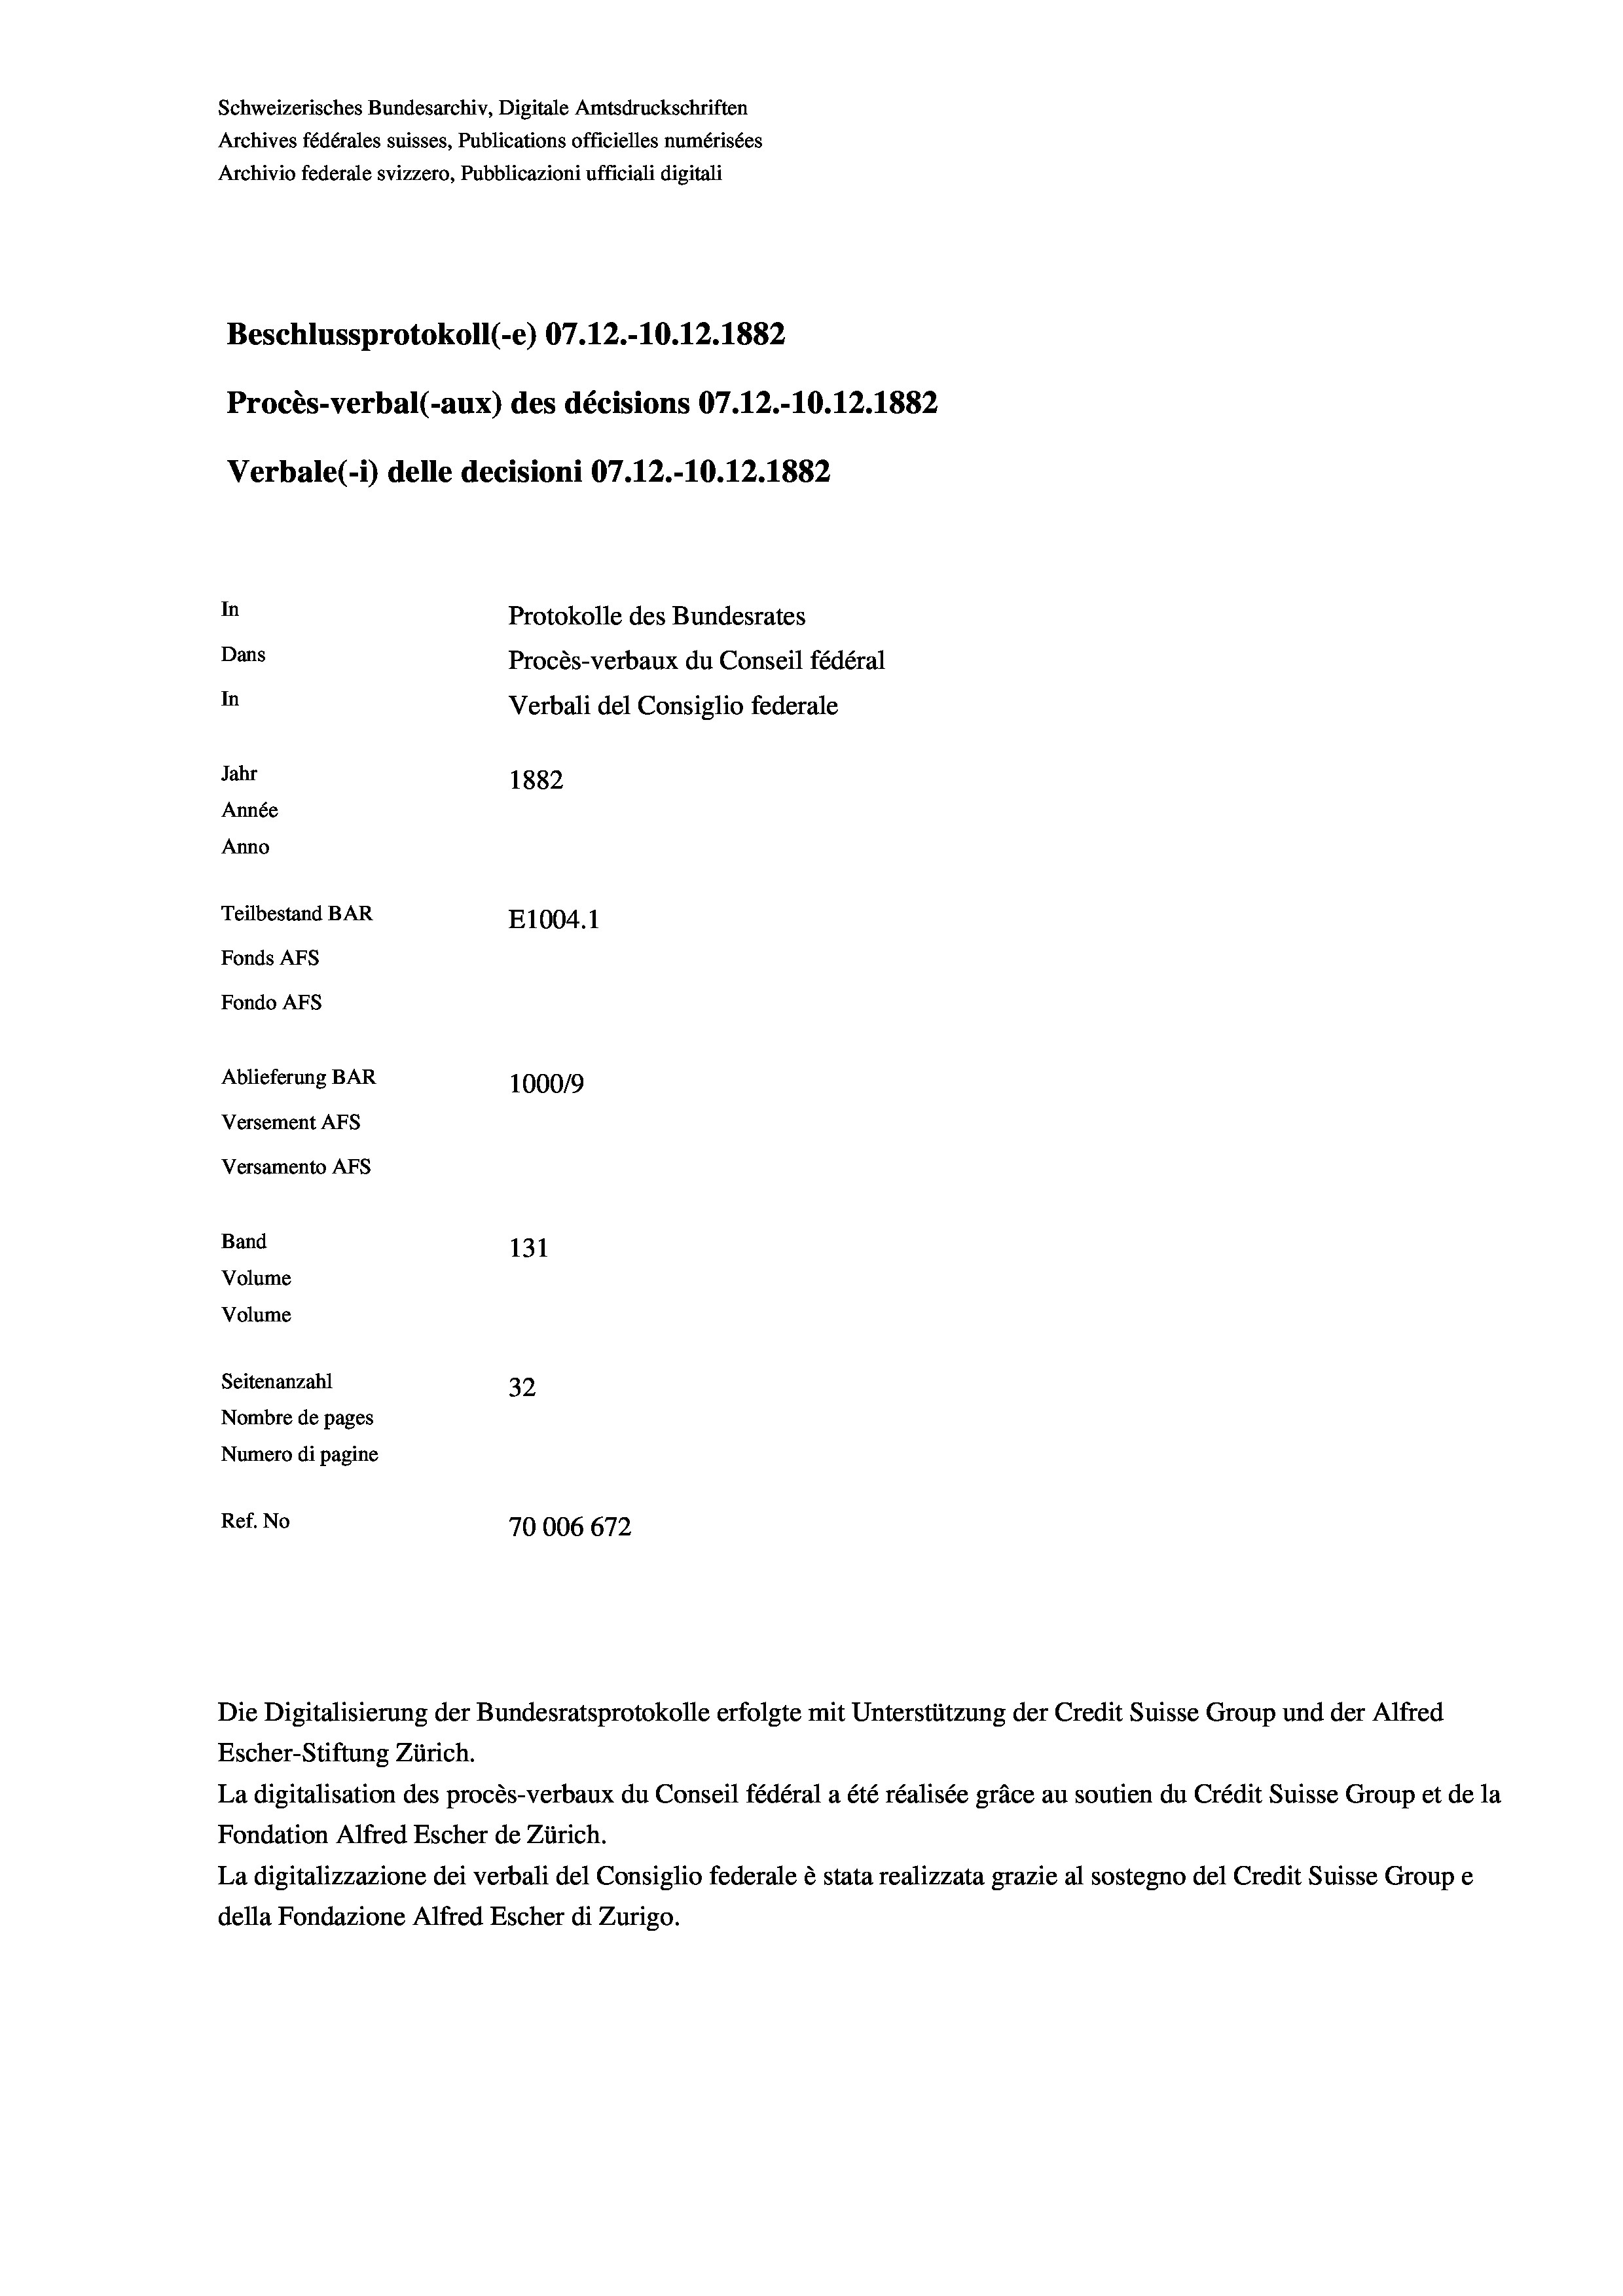
Schweizerisches Bundesarchiv, Digitale Amtsdruckschriften
Archives fédérales suisses, Publications officielles numérisées
Archivio federale svizzero, Pubblicazioni ufficiali digitali
Beschlussprotokoll (-e) 07.12.10.12.1882
Procès-verbal (-aux) des décisions 07.12.-10.12.1882
Verbale(-*) delle decisioni 07.12.-10.12.1882
In
Protokolle des Bundesrates
Dans
Procès-verbaux du Conseil fédéral
In
Verbali del Consiglio federale
Jahr
1882
Année
Anno
Teilbestand BAR
E1004. 1
Fonds AFs
Fondo AFS
Ablieferung BAR
100019
Versement AFs
Versamento Afs
Band
131
Volume
Volume
Seitenanzahl
32
Nombre de pages
Numero di pagine
Ref. No
70006672

Escher-Stiftung Zürich.
La digitalisation des procès-verbaux du Conseil fédéral a été réalisée gräce au soutien du Crédit Suisse Group et de la
Fondation Alfred Escher de Zürich.
La digitalizzazione dei verbali del Consiglio federale è stata realizzata grazie al sostegno del Credit Suisse Groupe
della Fondazione Alfred Escher di Zurigo.

Die Digitalisierung der Bundesratsprotokolle erfolgte mit Unterstützung der Credit Suisse Group und der Alfred